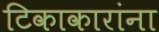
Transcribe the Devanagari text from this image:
टिकाकारांना